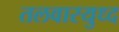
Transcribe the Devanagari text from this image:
तलवारयुध्द